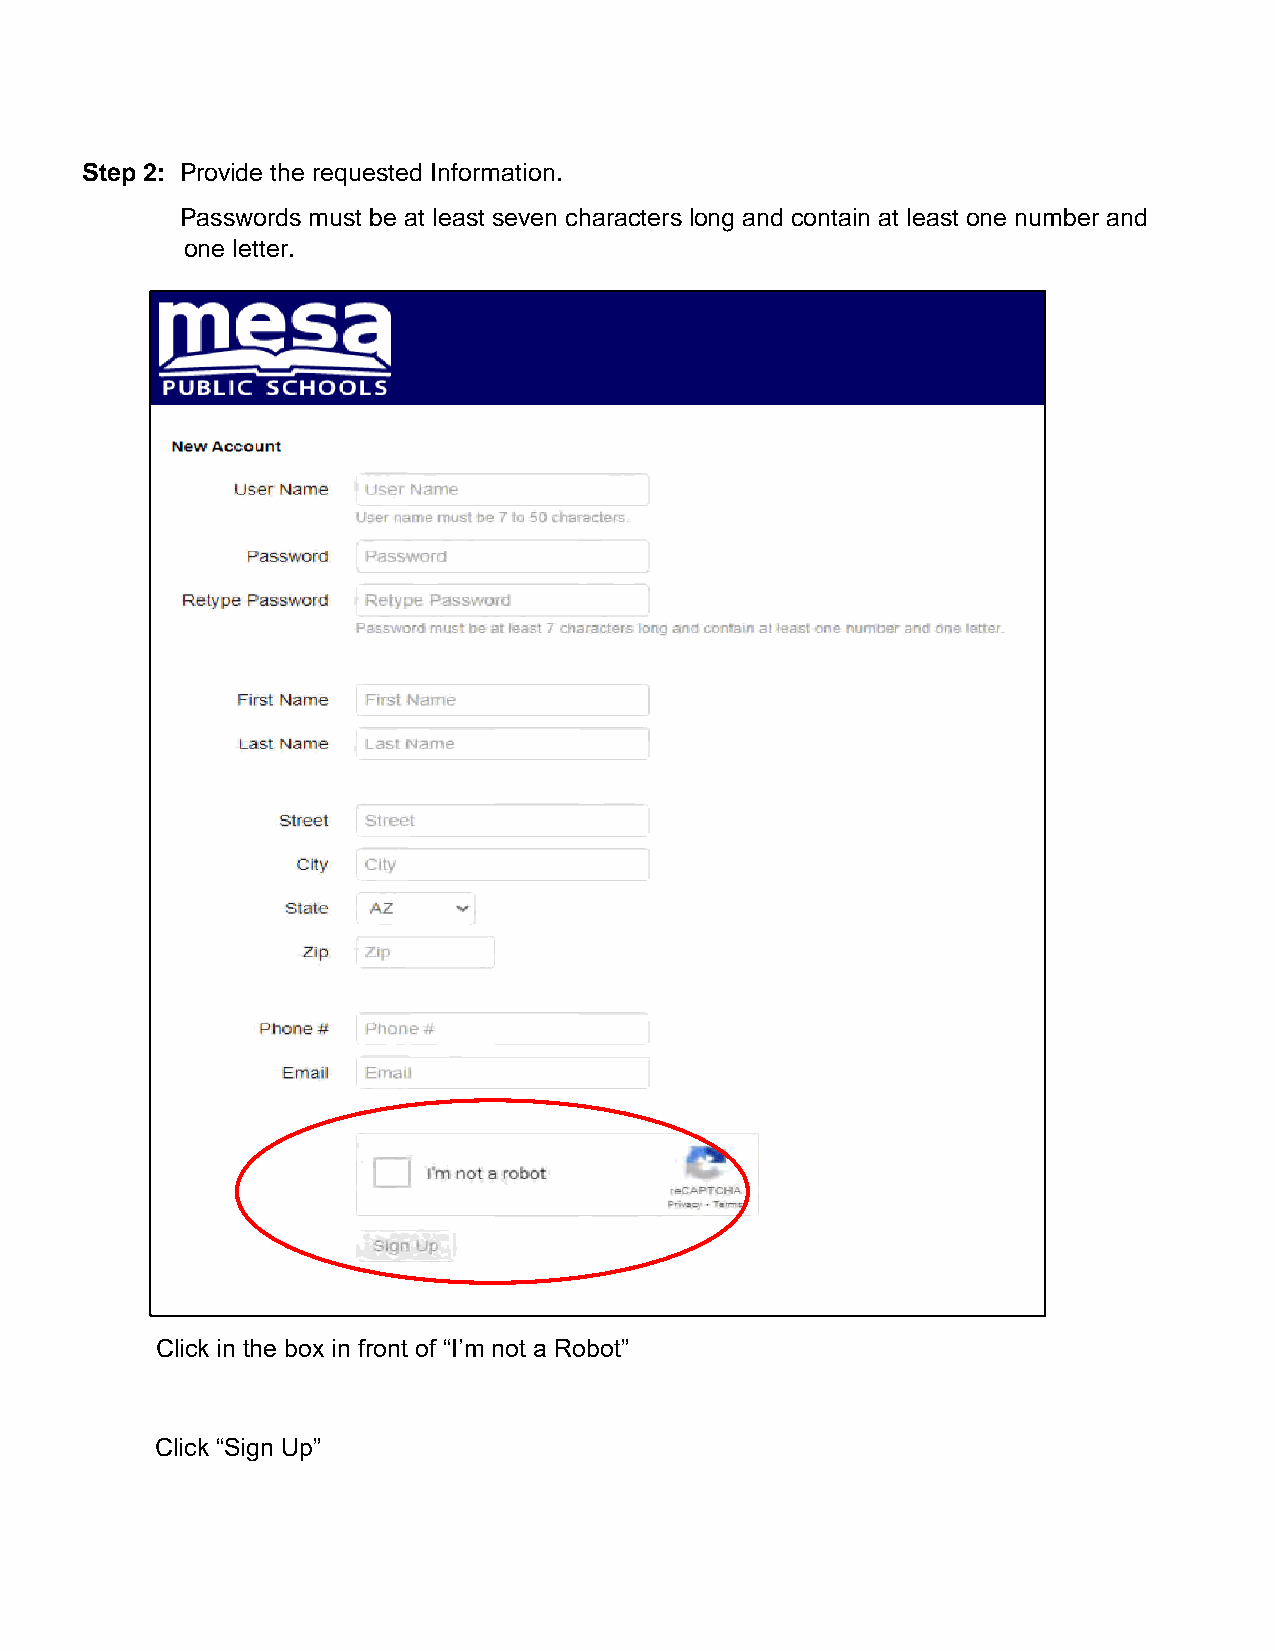
Step 2: Provide the requested Information.
 Passwords must be at least seven characters long and contain at least one number and
 one letter.
 Click in the box in front of “I’m not a Robot”
 Click “Sign Up”